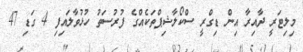
މިލިޓަރީ ދާއިރާ އިން ޑިގްރީ ސްކޯލާޝިޕްތަކެއްގެ ފުރުސަތު ހުޅުވާލައިފި 4 ގަޑި 47